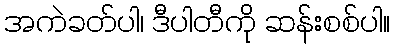
အကဲခတ်ပါ၊ ဒီပါတီကို ဆန်းစစ်ပါ။